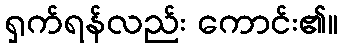
ရှက်ရန်လည်း ကောင်း၏။